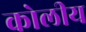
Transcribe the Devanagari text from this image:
कोलीय